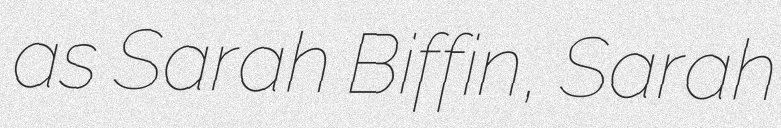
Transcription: as Sarah Biffin, Sarah